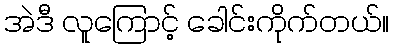
အဲဒီ လူကြောင့် ခေါင်းကိုက်တယ်။